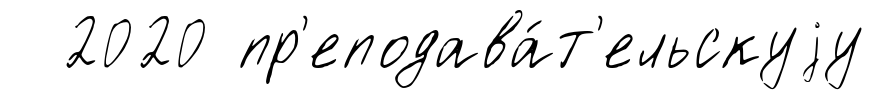
2020 пр'еподава́т'ельскуjу